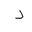
Letter: _dal